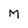
Character: M